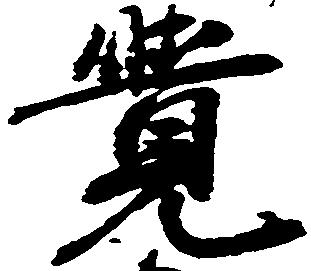
覚